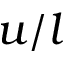
u / l